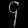
Digit: ၄